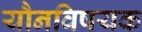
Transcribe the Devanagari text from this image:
यौनविषयक